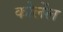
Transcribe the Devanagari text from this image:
कोलेंल